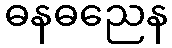
ဓနဓညေန